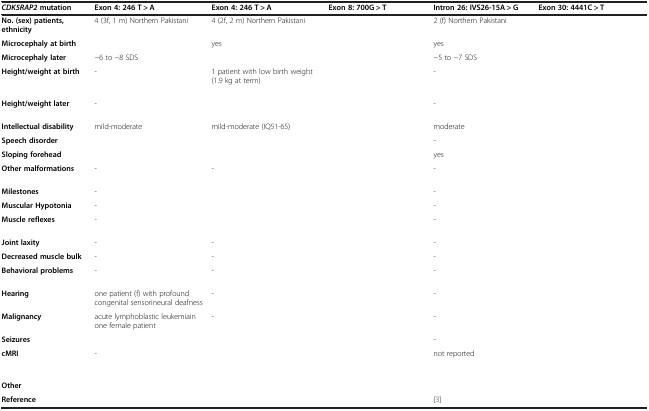
<table><thead><tr><td><b><i>CDK5RAP2 </i>mutation</b></td><td><b>Exon 4: 246 T &gt; A</b></td><td><b>Exon 4: 246 T &gt; A</b></td><td><b>Exon 8: 700G &gt; T</b></td><td><b>Intron 26: IVS26-15A &gt; G</b></td><td><b>Exon 30: 4441C &gt; T</b></td></tr></thead><tbody><tr><td><b>No. (sex) patients, ethnicity</b></td><td>4 (3f, 1 m) Northern Pakistani</td><td>4 (2f, 2 m) Northern Pakistani</td><td>[EMPTY_CELL]</td><td>2 (f) Northern Pakistani</td><td>[EMPTY_CELL]</td></tr><tr><td><b>Microcephaly at birth</b></td><td>[EMPTY_CELL]</td><td>yes</td><td>[EMPTY_CELL]</td><td>yes</td><td>[EMPTY_CELL]</td></tr><tr><td><b>Microcephaly later</b></td><td>−6 to −8 SDS</td><td>[EMPTY_CELL]</td><td>[EMPTY_CELL]</td><td>−5 to −7 SDS</td><td>[EMPTY_CELL]</td></tr><tr><td><b>Height/weight at birth</b></td><td>-</td><td>1 patient with low birth weight (1.9 kg at term)</td><td>[EMPTY_CELL]</td><td>-</td><td>[EMPTY_CELL]</td></tr><tr><td><b>Height/weight later</b></td><td>-</td><td>[EMPTY_CELL]</td><td>[EMPTY_CELL]</td><td>-</td><td>[EMPTY_CELL]</td></tr><tr><td><b>Intellectual disability</b></td><td>mild-moderate</td><td>mild-moderate (IQ51-65)</td><td>[EMPTY_CELL]</td><td>moderate</td><td>[EMPTY_CELL]</td></tr><tr><td><b>Speech disorder</b></td><td>[EMPTY_CELL]</td><td>[EMPTY_CELL]</td><td>[EMPTY_CELL]</td><td>-</td><td>[EMPTY_CELL]</td></tr><tr><td><b>Sloping forehead</b></td><td>[EMPTY_CELL]</td><td>[EMPTY_CELL]</td><td>[EMPTY_CELL]</td><td>yes</td><td>[EMPTY_CELL]</td></tr><tr><td><b>Other malformations</b></td><td>-</td><td>-</td><td>[EMPTY_CELL]</td><td>-</td><td>[EMPTY_CELL]</td></tr><tr><td><b>Milestones</b></td><td>-</td><td>[EMPTY_CELL]</td><td>[EMPTY_CELL]</td><td>-</td><td>[EMPTY_CELL]</td></tr><tr><td><b>Muscular Hypotonia</b></td><td>-</td><td>[EMPTY_CELL]</td><td>[EMPTY_CELL]</td><td>-</td><td>[EMPTY_CELL]</td></tr><tr><td><b>Muscle reflexes</b></td><td>-</td><td>[EMPTY_CELL]</td><td>[EMPTY_CELL]</td><td>-</td><td>[EMPTY_CELL]</td></tr><tr><td><b>Joint laxity</b></td><td>-</td><td>-</td><td>[EMPTY_CELL]</td><td>-</td><td>[EMPTY_CELL]</td></tr><tr><td><b>Decreased muscle bulk</b></td><td>-</td><td>-</td><td>[EMPTY_CELL]</td><td>-</td><td>[EMPTY_CELL]</td></tr><tr><td><b>Behavioral problems</b></td><td>-</td><td>-</td><td>[EMPTY_CELL]</td><td>-</td><td>[EMPTY_CELL]</td></tr><tr><td><b>Hearing</b></td><td>one patient (f) with profound congenital sensorineural deafness</td><td>-</td><td>[EMPTY_CELL]</td><td>-</td><td>[EMPTY_CELL]</td></tr><tr><td><b>Malignancy</b></td><td>acute lymphoblastic leukemiain one female patient</td><td>-</td><td>[EMPTY_CELL]</td><td>-</td><td>[EMPTY_CELL]</td></tr><tr><td><b>Seizures</b></td><td>[EMPTY_CELL]</td><td>[EMPTY_CELL]</td><td>[EMPTY_CELL]</td><td>-</td><td>[EMPTY_CELL]</td></tr><tr><td><b>cMRI</b></td><td>-</td><td>[EMPTY_CELL]</td><td>[EMPTY_CELL]</td><td>not reported</td><td>[EMPTY_CELL]</td></tr><tr><td><b>Other</b></td><td>[EMPTY_CELL]</td><td>[EMPTY_CELL]</td><td>[EMPTY_CELL]</td><td>[EMPTY_CELL]</td><td>[EMPTY_CELL]</td></tr><tr><td><b>Reference</b></td><td>[EMPTY_CELL]</td><td>[EMPTY_CELL]</td><td>[EMPTY_CELL]</td><td>[3]</td><td>[EMPTY_CELL]</td></tr></tbody></table>